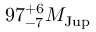
9 7 _ { - 7 } ^ { + 6 } M _ { \mathrm { J u p } }